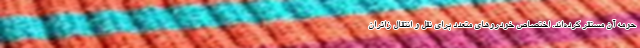
حومه آن مستقر کرده‌اند. اختصاص خودروهای متعدد برای نقل و انتقال زائران